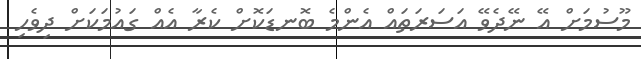
މޫސުމަށް އޭ ނޭދެވޭ އަސަރަތައް އެންމެ ބޮނޑަކޮށް ކެރާ އެއް ގައުމަކަށް ދިވެހި